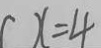
( x = 4